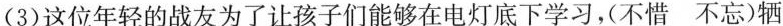
(3)这位年轻的战友为了让孩子们能够在电灯底下学习，不惜 不忘)牺